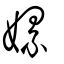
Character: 嫘